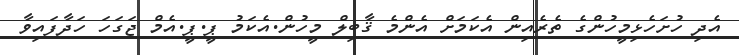
އެދި ހުށަހެޅިމީހުންގެ ތެރެއިން އެކަމަށް އެންމެ ޤާބިލް މީހުން.އެކަމު ޕީ.ޕީ.އެމް ޖަގަހަ ހަދާފައިވާ